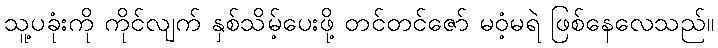
သူ့ပခုံးကို ကိုင်လျက် နှစ်သိမ့်ပေးဖို့ တင်တင်ဇော် မဝံ့မရဲ ဖြစ်နေလေသည်။